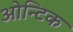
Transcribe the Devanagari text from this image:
ओन्टिक